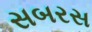
સબરસ